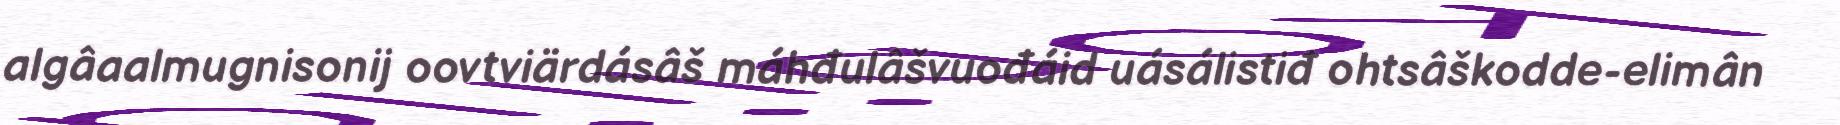
algâaalmugnisonij oovtviärdásâš máhđulâšvuođáid uásálistiđ ohtsâškodde-elimân